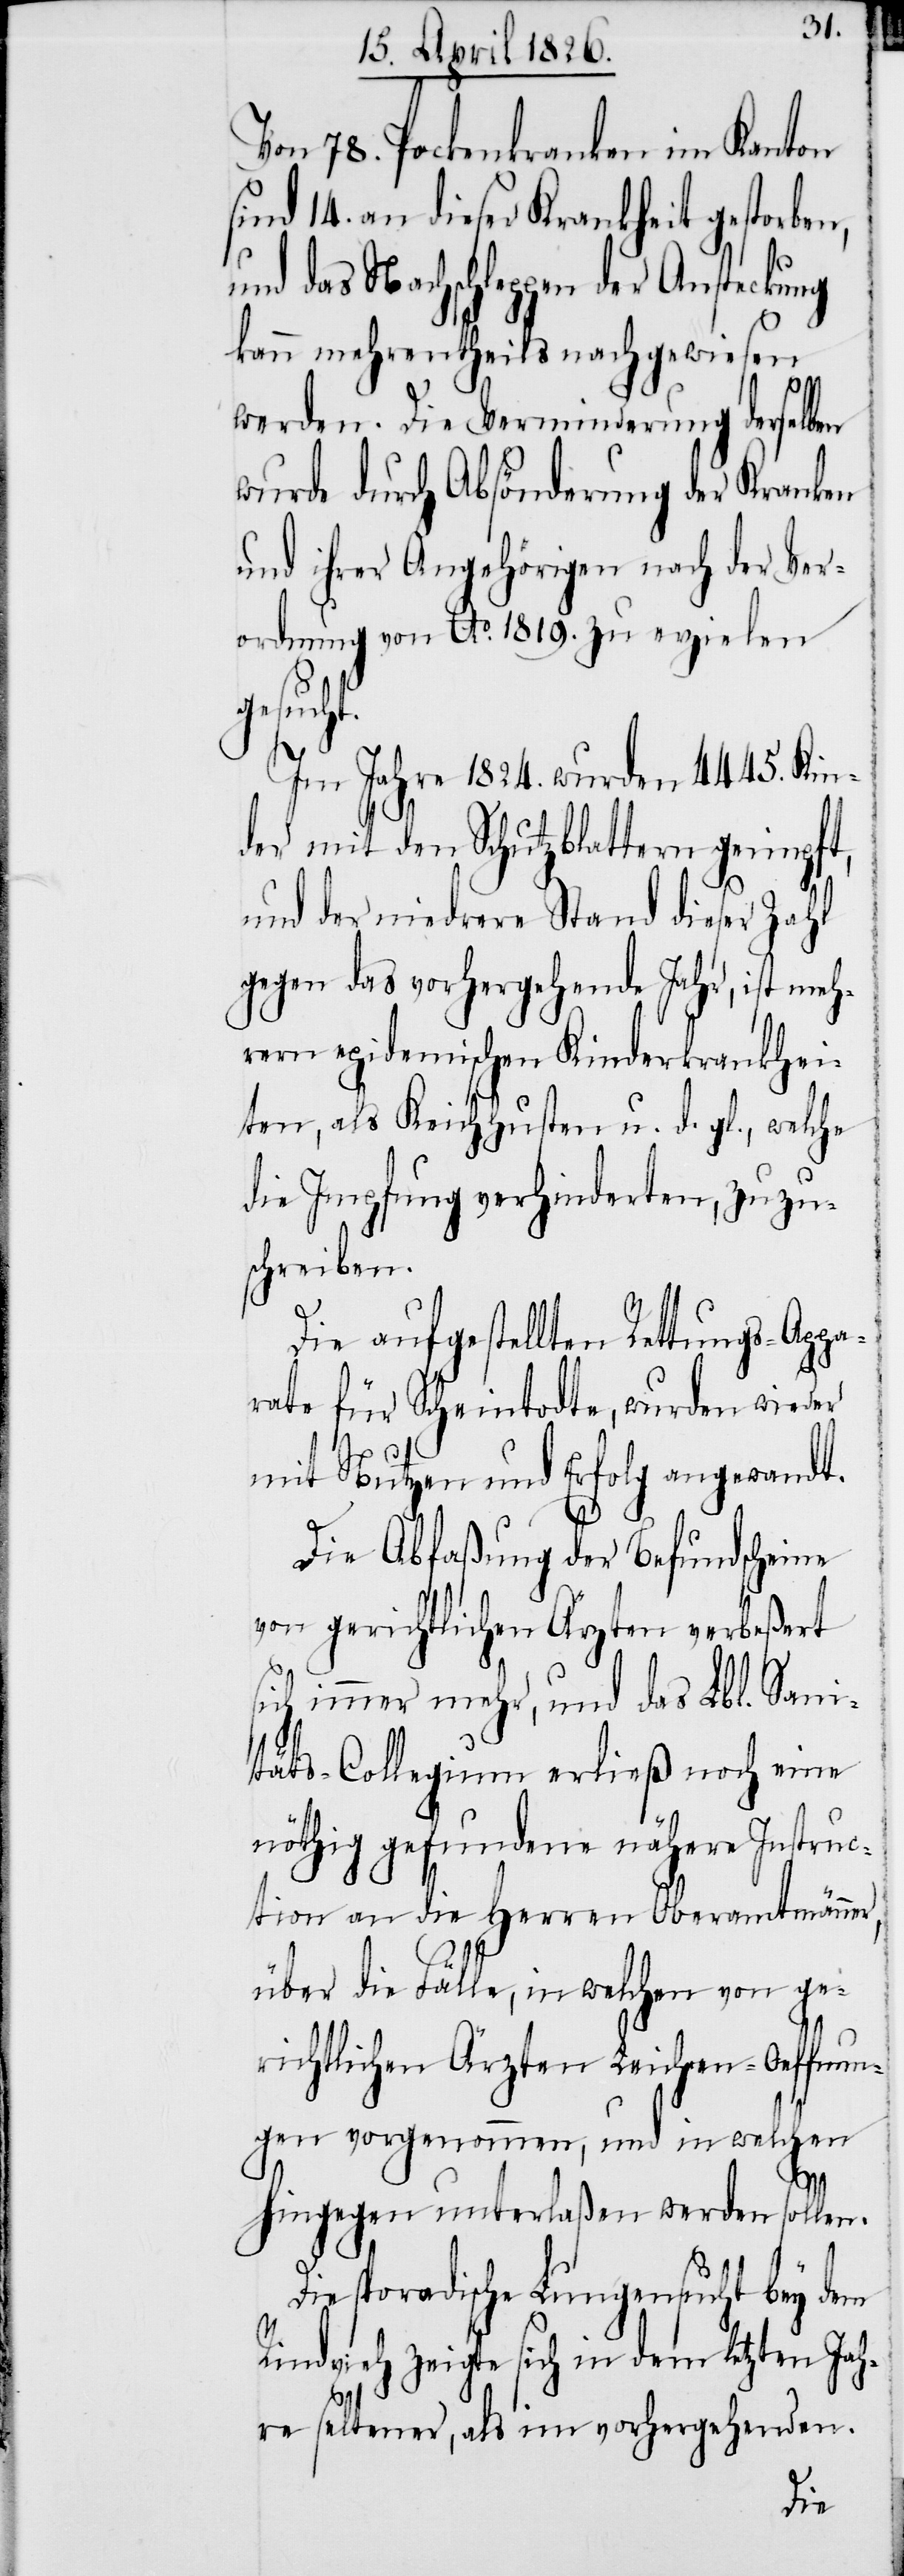
Von 78. Pockenkranken im Kanton
sind 14. an dieser Krankheit gestorben,
und das Nachschleppen der Ansteckung
kann mehrentheils nachgewiesen
werden. die Verminderung derselben
wurde durch Absönderung der Kranken
und ihrer Angehörigen nach der Ver¬
ordnung von Ao. 1819. zu erzielen
gesucht.
Im Jahre 1824. wurden 4445. Kin¬
der mit den Schutzblattern geimpft,
und der niedere Stand dieser Zahl
gegen das vorhergehende Jahr, ist meh¬
rern epidemischen Kinderkrankhei¬
ten, als Keichhusten u. d. gl., welche
die Impfung verhinderten, zuzu¬
schreiben.
Die aufgestellten Rettungs-Appa¬
rate für Scheintodte, wurden wieder
mit Nutzen und Erfolg angewandt.
Die Abfaßung der Befundscheine
von gerichtlichen Ärzten verbeßert
sich immer mehr, und das Lbl. Sani¬
täts-Collegium erließ noch eine
nöthig gefundene nähere Instruc¬
tion an die Herren Oberamtmänner,
über die Fälle, in welchen von ge¬
richtlichen Ärzten Leichen-Oeffnun¬
gen vorgenommen, und in welchen
hingegen unterlaßen werden sollen.
sporadische Lungensucht bey dem
Rindvieh zeigte sich in dem letzten Jah¬
re seltener, als im vorhergehenden.
Die